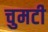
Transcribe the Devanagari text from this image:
चुमटी